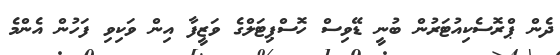
ދެން ޕްރޮސެކިއުޓަރުން ބުނީ ޑޭވިސް ހޮސްޕިޓަލްގެ ވަޒީފާ އިން ވަކިވި ފަހުން އެންމެ